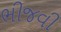
ભીજવી